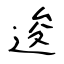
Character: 逡